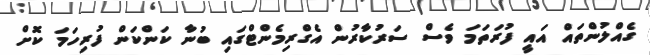
ގެއްލުންތައް އައީ ފުރަތަމަ ވެސް ސަރުކާރުން އެގްރިމެންޓްގައި ބުނާ ކަންކަން ފުރިހަމަ ކޮށް